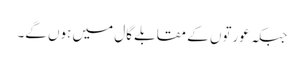
جبکہ عورتوں کے مقابلے گال میں ہوں گے۔